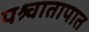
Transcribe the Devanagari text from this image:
पश्र्चातापात